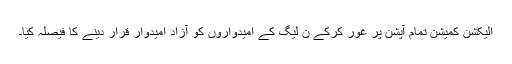
الیکشن کمیشن تمام آپشن پر غور کرکے ن لیگ کے امیدواروں کو آزاد امیدوار قرار دینے کا فیصلہ کیا۔